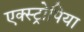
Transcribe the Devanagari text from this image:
एक्स्ट्रोपिया